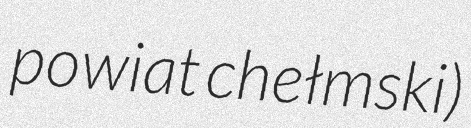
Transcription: powiat chełmski)